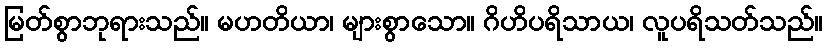
မြတ်စွာဘုရားသည်။ မဟတိယာ၊ များစွာသော။ ဂိဟိပရိသာယ၊ လူပရိသတ်သည်။